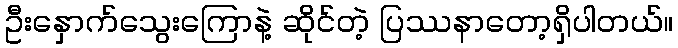
ဦးနှောက်သွေးကြောနဲ့ ဆိုင်တဲ့ ပြဿနာတော့ရှိပါတယ်။